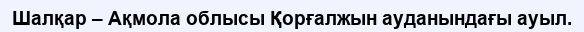
Шалқар – Ақмола облысы Қорғалжын ауданындағы ауыл.